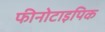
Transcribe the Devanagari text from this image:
फीनोटाइपिक